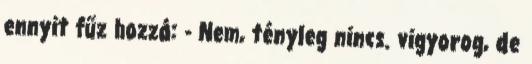
ennyit fűz hozzá: - Nem, tényleg nincs. vigyorog, de